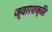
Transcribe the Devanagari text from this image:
ज्वारशक्ति